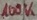
Text: 100K